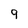
Character: 9